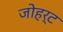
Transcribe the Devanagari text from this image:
जोहर्ट